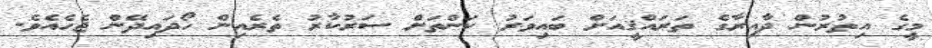
މީގެ އިތުރުން ދާއިރާގެ ތަރައްޤީއަށް ބައިވަރު ކަންތަށް ސަރުކާރު ތެރެއިން ހޯދައިދޭން ޖެހެއެވެ.